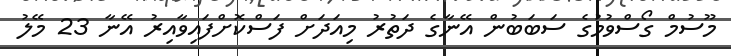
މޫސުމް ގޯސްވުމުގެ ސަބަބުން އޭނާގެ ދަތުރު މިއަދަށް ފަސްކޮށްފައިވާއިރު އޭނާ 23 މޭލު